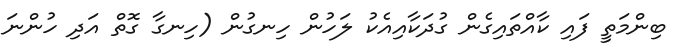
ބިންމަތީ ފައި ކާއްތައިގެން ގުދަކާއިއެކު ލަހުން ހިނގުން (ހިނގާ ގޮތް އަދި ހުންނަ